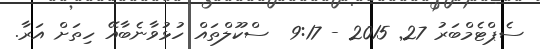
ސެޕްޓެމްބަރު 27